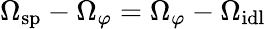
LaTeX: \Omega_{\mathrm{sp}}-\Omega_{\varphi}=\Omega_{\varphi}-\Omega_{\mathrm{idl}}